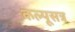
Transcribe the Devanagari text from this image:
कल्पूसत्र